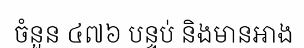
ចំនួន ៤៧៦ បន្ទប់ និងមានអាង